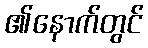
၏နောက်တွင်